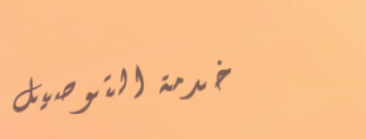
خدمة التوصيل